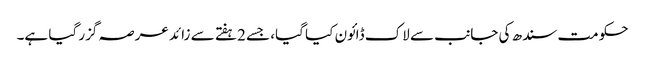
حکومت سندھ کی جانب سے لاک ڈائون کیا گیا، جسے 2ہفتے سے زائد عرصہ گزر گیا ہے۔